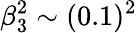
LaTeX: \beta_{3}^{2}\sim(0.1)^{2}